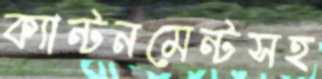
ক্যান্টনমেন্টসহ